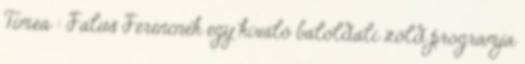
Tímea : Falus Ferencnek egy kiváló baloldali zöld programja